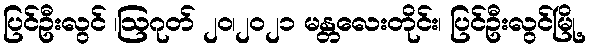
ပြင်ဦးလွင် ၊ဩဂုတ် ၂၀၊၂၀၂၁ မန္တလေးတိုင်း၊ ပြင်ဦးလွင်မြို့